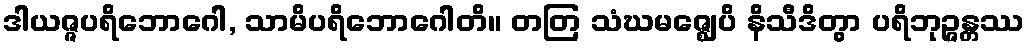
ဒါယဇ္ဇပရိဘောဂေါ, သာမိပရိဘောဂေါတိ။ တတြ သံဃမဇ္ဈေပိ နိသီဒိတွာ ပရိဘုဉ္ဇန္တဿ